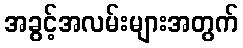
အခွင့်အလမ်းများအတွက်